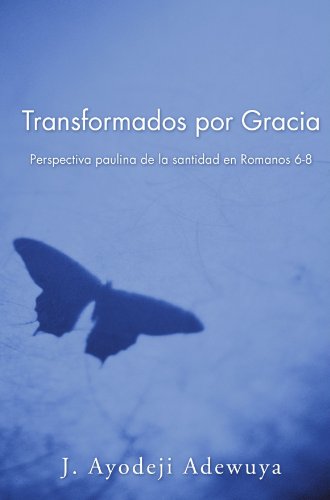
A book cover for Transformados por Gracia: Perspectiva paulina de la santidad en Romanos 6-8; J. Ayodeji Adewuya; Christian Books & Bibles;